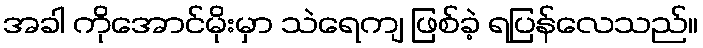
အခါ ကိုအောင်မိုးမှာ သဲရေကျ ဖြစ်ခဲ့ ရပြန်လေသည်။